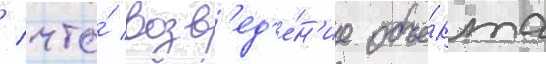
/ что́ возв'ед'е́н'ие объе́кта